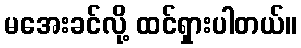
မအေးခင်လို့ ထင်ရှားပါတယ်။